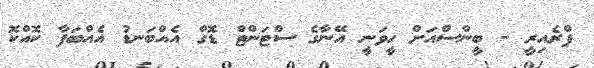
ޕްރެއިރީ - ބީންސްއަށް ހީވަނީ އޭނާގެ ސްޓަންޓް ޑޮގް އެއްބަނޑު އެއްބަފާ ކޮއްކޮ